Annual report of the Central Committee of the Association together with the report of the directors of the Pasteur Institute at Kasauli
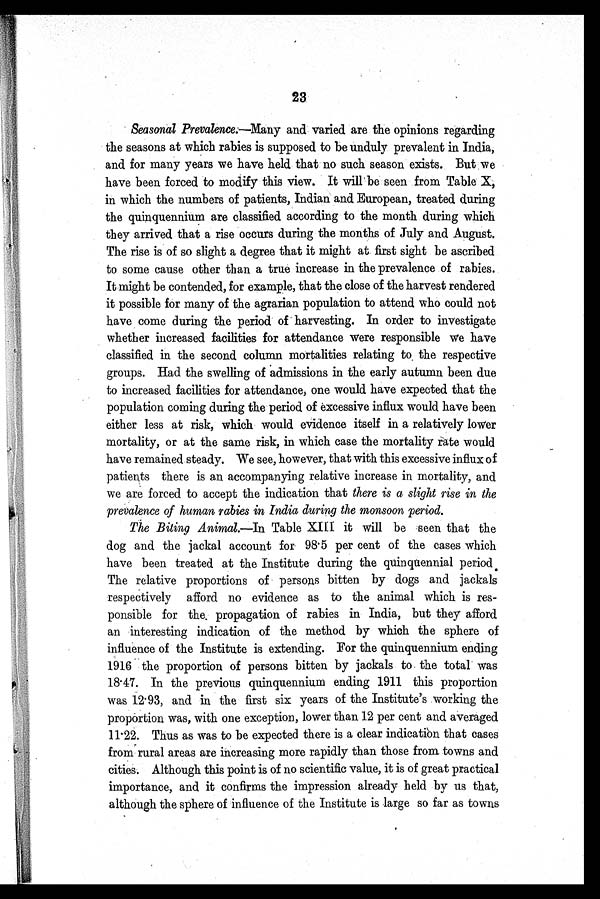
23
Seasonal Prevalence.—Many and varied are the opinions regarding
the seasons at which rabies is supposed to be unduly prevalent in India,
and for many years we have held that no such season exists. But we
have been forced to modify this view. It will be seen from Table X,
in which the numbers of patients, Indian and European, treated during
the quinquennium are classified according to the month during which
they arrived that a rise occurs during the months of July and August.
The rise is of so slight a degree that it might at first sight be ascribed
to some cause other than a true increase in the prevalence of rabies.
It might be contended, for example, that the close of the harvest rendered
it possible for many of the agrarian population to attend who could not
have come during the period of harvesting. In order to investigate
whether increased facilities for attendance were responsible we have
classified in the second column mortalities relating to the respective
groups. Had the swelling of admissions in the early autumn been due
to increased facilities for attendance, one would have expected that the
population coming during the period of excessive influx would have been
either less at risk, which would evidence itself in a relatively lower
mortality, or at the same risk, in which case the mortality rate would
have remained steady. We see, however, that with this excessive influx of
patients there is an accompanying relative increase in mortality, and
we are forced to accept the indication that there is a slight rise in the
prevalence of human rabies in India during the monsoon period.
The Biting Animal.— I n T a b l e X I I I i t w i l l b e s e e n t h a t t h e
dog and the jackal account for 98.5 per cent of the cases which
have been treated at the Institute during the quinquennial period.
The relative proportions of persons bitten by dogs and jackals
respectively afford no evidence as to the animal which is res
-ponsible for the propagation of rabies in India, but they afford
an interesting indication of the method by which the sphere of
influence of the Institute is extending. For the quinquennium ending
1916 the proportion of persons bitten by jackals to the total was
18.47. In the previous quinquennium ending 1911 this proportion
was 12.93, and in the first six years of the Institute's working the
proportion was, with one exception, lower than 12 per cent and averaged
11.22. Thus as was to be expected there is a clear indication that cases
from rural areas are increasing more rapidly than those from towns and
cities. Although this point is of no scientific value, it is of great practical
importance, and it confirms the impression already held by us that,
although the sphere of influence of the Institute is large so far as towns